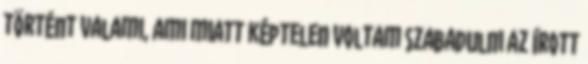
történt valami, ami miatt képtelen voltam szabadulni az írott